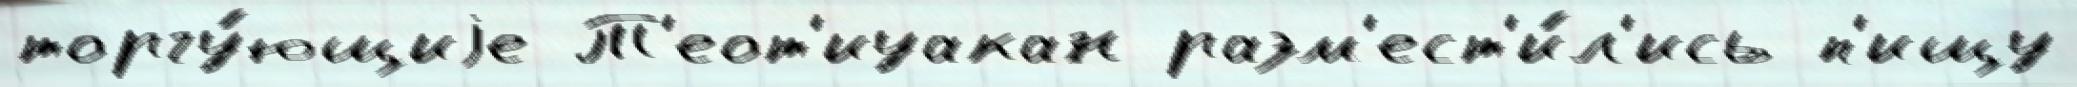
торгу́ющиjе Т'еот'иуакан разм'ест'и́л'ись п'ищу